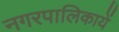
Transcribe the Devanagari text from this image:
नगरपालिकायें